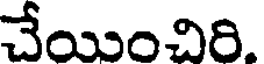
చేయించిరి.